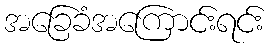
အခြေခံအကြောင်းရင်း